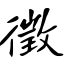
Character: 徵